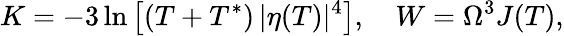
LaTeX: K=-3\ln\left[(T+T^{*})\, |\eta(T)|^{4}\right],\quad W=\Omega^{3}J(T),